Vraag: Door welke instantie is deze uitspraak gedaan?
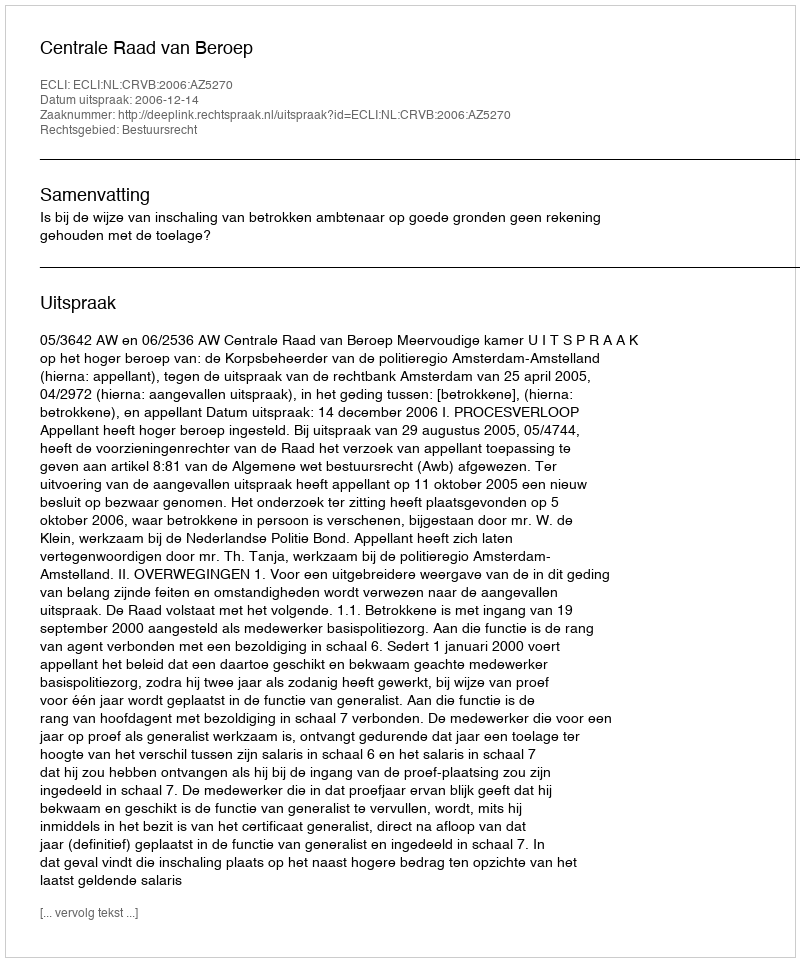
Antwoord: Centrale Raad van Beroep